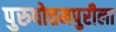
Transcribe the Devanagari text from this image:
पुरुषोत्तमपुरीला